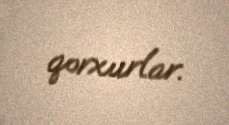
qorxurlar.